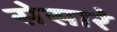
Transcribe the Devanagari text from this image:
सेसारे